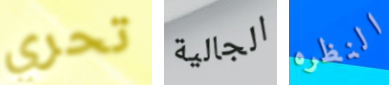
تحري الجالية النظره